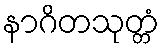
နာဂိတသုတ္တံ